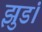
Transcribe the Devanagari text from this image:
झुडं।